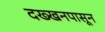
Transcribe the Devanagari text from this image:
दख्खनपासून